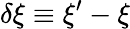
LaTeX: \delta\xi\equiv\xi^{\prime}-\xi